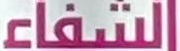
الشفاء